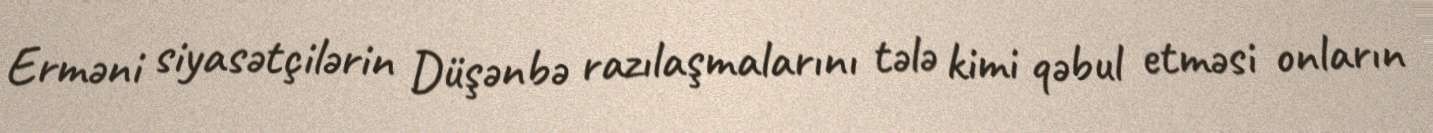
Erməni siyasətçilərin Düşənbə razılaşmalarını tələ kimi qəbul etməsi onların